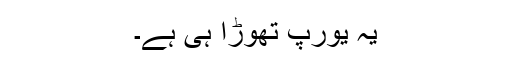
یہ یورپ تھوڑا ہی ہے۔